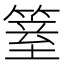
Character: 𥱆